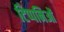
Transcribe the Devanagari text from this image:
टिप्पनिओं